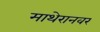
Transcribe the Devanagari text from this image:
माथेरानवर